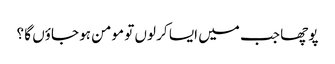
پوچھا جب میں ایسا کر لوں تو مومن ہو جاؤں گا ؟